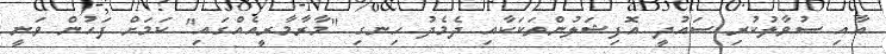
އާއި ސުވާލުކުރި ސައުދީ އޮފިޝަލުންތަކަކާއި ދެމެދު ހިނގި "މާރާމާރީއެއްގައި" ކަމަށް ފަހުން ވަނީ